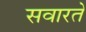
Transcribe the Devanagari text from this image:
सवारते